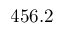
4 5 6 . 2